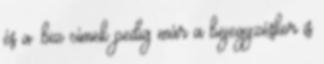
és a .biz címek pedig már a bejegyzéskor is